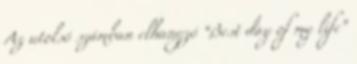
Az utolsó számban elhangzó “Best day of my life”